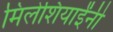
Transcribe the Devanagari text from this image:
मिलेशियाईंनी